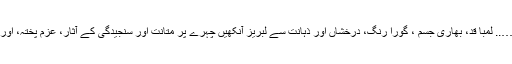
آہ…….. پروفیسر عزیز مینگل …….. آہ…….. لمبا قد، بھاری جسم ، گورا رنگ، درخشاں اور ذہانت سے لبریز آنکھیں چہرے پر متانت اور سنجیدگی کے آثار، عزم پختہ، اور ارادے پائیدار، کم سخن ، پروقار اور بارعب۔